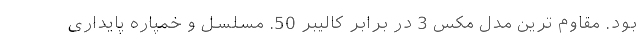
بود. مقاوم ترین مدل مکس 3 در برابر کالیبر 50. مسلسل و خمپاره پایداری